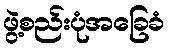
ဖွဲ့စည်းပုံအခြေခံ